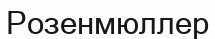
Розенмюллер